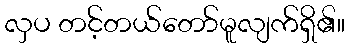
လှပ တင့်တယ်တော်မူလျက်ရှိ၏။